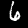
Label: 6